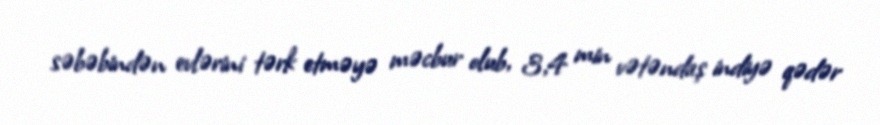
səbəbindən evlərini tərk etməyə məcbur olub, 3,4 min vətəndaş indiyə qədər